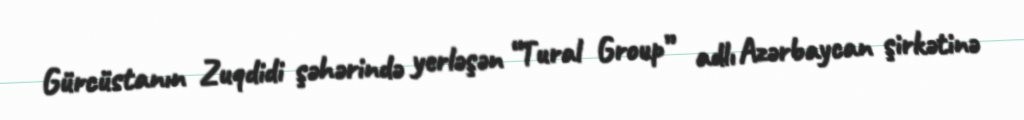
Gürcüstanın Zuqdidi şəhərində yerləşən “Tural Group” adlı Azərbaycan şirkətinə